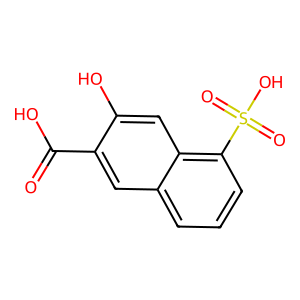
SMILES: O=C(O)c1cc2cccc(S(=O)(=O)O)c2cc1O
Inhibits HIV replication: No